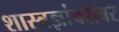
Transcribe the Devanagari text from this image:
शास्त्रज्ञांबरोबर